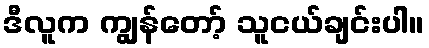
ဒီလူက ကျွန်တော့် သူငယ်ချင်းပါ။